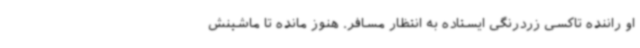
او راننده تاکسی زردرنگی ایستاده به انتظار مسافر. هنوز مانده تا ماشینش